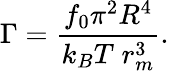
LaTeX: \Gamma=\frac{f_{0}\pi^{2}R^{4}}{k_{B}T\; r_{m}^{3}}.